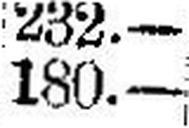
180.—